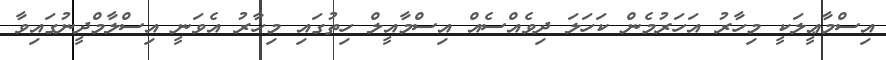
އިސްމާޢީލަކީ މިހާރު އަހަރުމެން ކަހަލަ ދިވެއްސެއް އިސްމާއީލް ހިތުގައި މިހާރު އެވަނީ އިސްލާމްދީނުގައިވާ